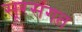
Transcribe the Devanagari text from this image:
सूरसंगत